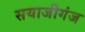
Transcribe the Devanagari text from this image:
सयाजीगंज